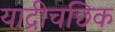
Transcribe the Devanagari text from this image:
याद्रीचछिक